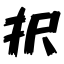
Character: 択